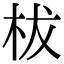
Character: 柭